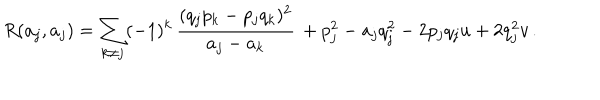
R ( a _ { j } , a _ { j } ) = \sum _ { k \neq j } ( - 1 ) ^ { k } \, { \frac { ( q _ { j } p _ { k } - p _ { j } q _ { k } ) ^ { 2 } } { a _ { j } - a _ { k } } } \, + p _ { j } ^ { 2 } - a _ { j } q _ { j } ^ { 2 } - 2 p _ { j } q _ { j } u + 2 q _ { j } ^ { 2 } v \, .